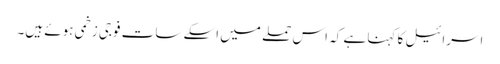
اسرائیل کا کہنا ہے کہ اس حملے میں اسکے سات فوجی زخمی ہوئے ہیں۔